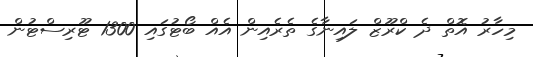
މިހާރު އޮތް ދެ ކްރޫޒް ލައިނާގެ ތެރެއިން އެއް ބޯޓުގައި 1300 ޓޫރިސްޓުން